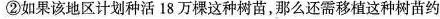
②如果该地区计划种活18万棵这种树苗，那么还需移植这种树苗约